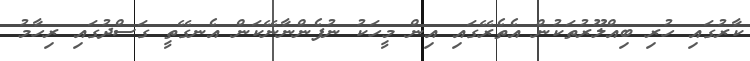
ކާރުގައި ހުރި ބިއްލޫރުތަކުން އެތެރޭގައި އިން މީހަކު ނުފެންނާނޭކަން އެނގޭތީ ގަސްދުގައި ރިހާމު